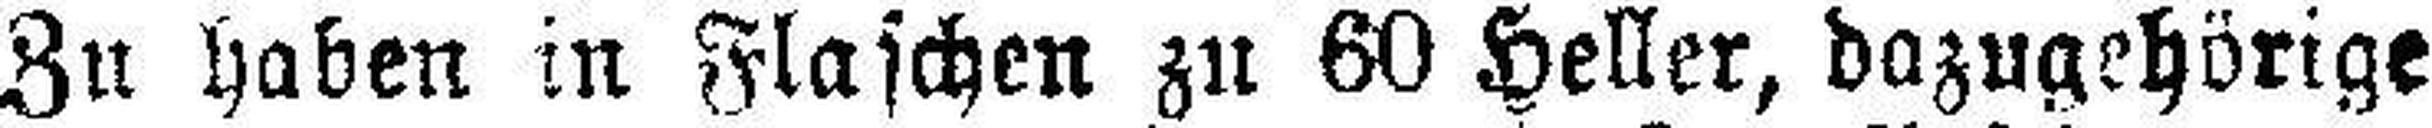
Zu haben in Flaschen zu 60 Heller, dazugehörige